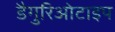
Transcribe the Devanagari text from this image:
डैगुरिओटाइप